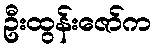
ဦးထွန်းဇော်က